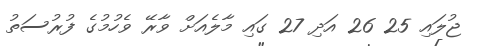
ޖުލައި 25 26 އަދި 27 ގައި މާލެއަށް ވާރޭ ވެހުމުގެ ފުރުސަތު